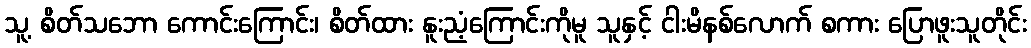
သူ့ စိတ်သဘော ကောင်းကြောင်း၊ စိတ်ထား နူးညံ့ကြောင်းကိုမူ သူနှင့် ငါးမိနစ်လောက် စကား ပြောဖူးသူတိုင်း